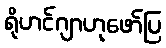
ရိုဟင်ဂျာဟုဖော်ပြ